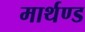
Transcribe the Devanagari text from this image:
मार्थण्ड